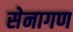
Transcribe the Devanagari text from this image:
सेनागण